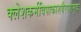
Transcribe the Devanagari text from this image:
क्लेशकर्मविपाकाशयैरपरामृष्टः